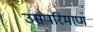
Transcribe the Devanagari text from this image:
उसपरिमाण